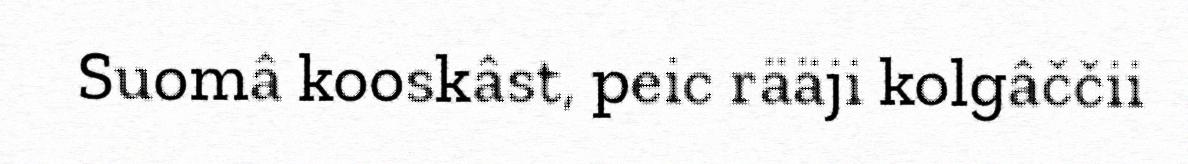
Suomâ kooskâst, peic rääji kolgâččii